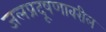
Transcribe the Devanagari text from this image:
जलप्रदूषणावरील